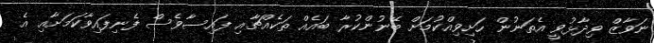
ނަވާޒް ވިދާޅުވީ އެތަނުން ހަށިވިއްކުމަށް ބޭނުންކުރާ ބައެއް ތަކެއްޗާއި ފައިސާވެސް ފެނިފައިވާކަަމަށާއި އެ